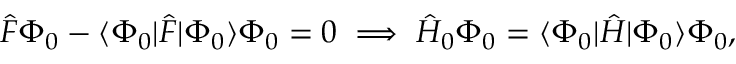
{ \hat { F } } \Phi _ { 0 } - \langle \Phi _ { 0 } | { \hat { F } } | \Phi _ { 0 } \rangle \Phi _ { 0 } = 0 \implies { \hat { H } } _ { 0 } \Phi _ { 0 } = \langle \Phi _ { 0 } | { \hat { H } } | \Phi _ { 0 } \rangle \Phi _ { 0 } ,